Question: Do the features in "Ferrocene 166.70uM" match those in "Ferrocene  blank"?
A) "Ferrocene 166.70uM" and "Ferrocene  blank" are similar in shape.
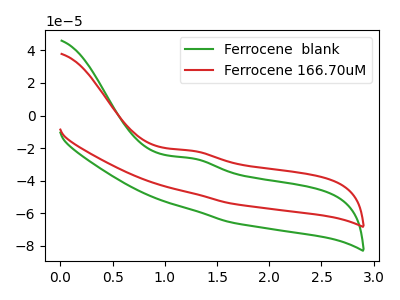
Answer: <think>The green curve "Ferrocene  blank" has an anodic peak at: (1.25V, -26.20uA). The red curve "Ferrocene 166.70uM" has an anodic peak at: (1.25V, -21.60uA).
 All the peaks in "Ferrocene 166.70uM" have a peak in "Ferrocene  blank" at the same potential. Every peak in "Ferrocene 166.70uM" is higher than every peak in "Ferrocene  blank".</think>
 <answer>A) "Ferrocene 166.70uM" and "Ferrocene  blank" are similar in shape.</answer>
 <eval>A</eval>